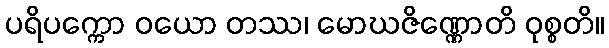
ပရိပက္ကော ဝယော တဿ၊ မောဃဇိဏ္ဏောတိ ဝုစ္စတိ။